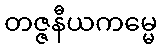
တဇ္ဇနီယကမ္မေ